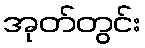
အုတ်တွင်း